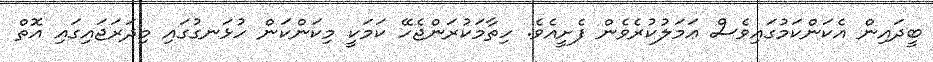
ބީދައިން އެކަންކަމުގައިވެސް ޢަމަލުކުރެވެން ފެށީއެވެ. ހިތާމަކުރަންޖެހޭ ކަމަކީ މިކަންކަން ހުޅަނގުގައި މިދަރަޖައިގައި އޮތް